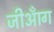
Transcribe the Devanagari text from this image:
जीआँग